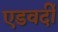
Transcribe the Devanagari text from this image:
एडवर्दी